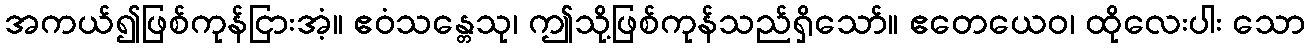
အကယ်၍ဖြစ်ကုန်ငြားအံ့။ ဧဝံသန္တေသု၊ ဤသို့ဖြစ်ကုန်သည်ရှိသော်။ ဧတေယေဝ၊ ထိုလေးပါး သော